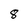
Character: 8